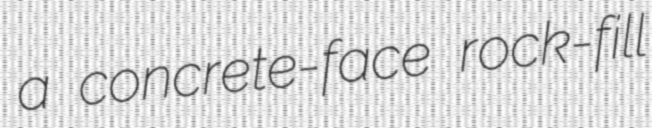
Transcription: a concrete-face rock-fill